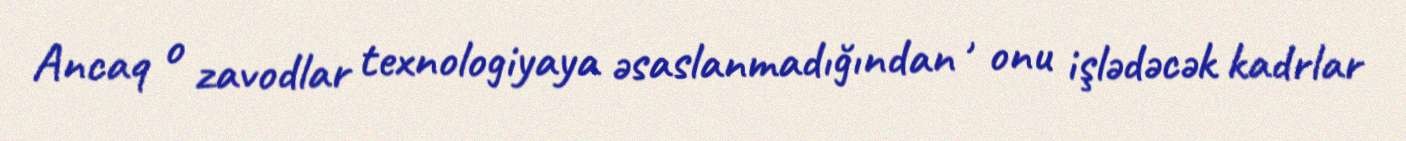
Ancaq o zavodlar texnologiyaya əsaslanmadığından , onu işlədəcək kadrlar